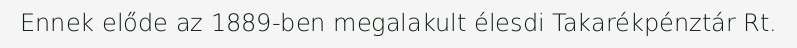
Ennek előde az 1889-ben megalakult élesdi Takarékpénztár Rt.